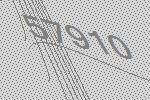
57910